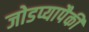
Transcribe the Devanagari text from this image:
जोडप्यापैकी